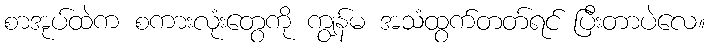
စာအုပ်ထဲက စကားလုံးတွေကို ကျွန်မ အသံထွက်တတ်ရင် ပြီးတာပဲလေ။